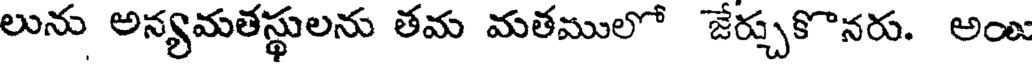
లును అన్యమతస్థులను తమ మతములో జేర్చుకొనరు. అం